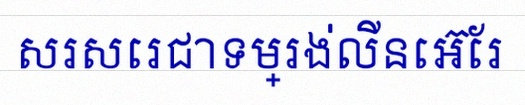
សរសេរជាទម្រង់លីនេអ៊ែរ